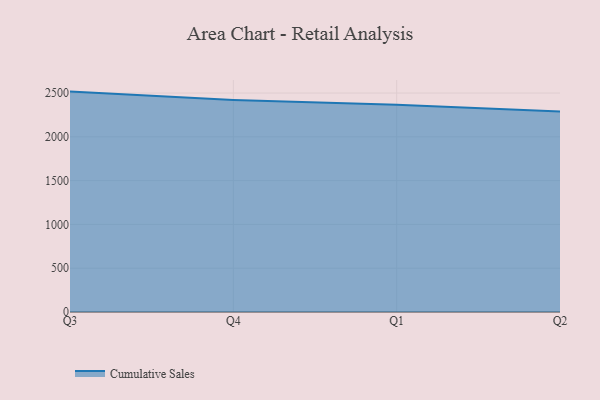
{"axis": {"x": "Quarter", "y": "Humidity (%)"}, "legend": ["Cumulative Sales"], "data": [{"x": "Q3", "y": 2516.4, "type": "Cumulative Sales"}, {"x": "Q4", "y": 2421.4, "type": "Cumulative Sales"}, {"x": "Q1", "y": 2365.8, "type": "Cumulative Sales"}, {"x": "Q2", "y": 2289.8, "type": "Cumulative Sales"}]}